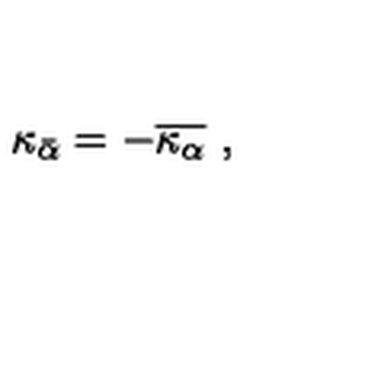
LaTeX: \kappa _ { \bar { \alpha } } = - \overline { { \kappa _ { \alpha } } } \ ,